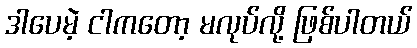
ဒါပေမဲ့ ငါကတော့ မလုပ်လို့ ဖြစ်ပါတယ်